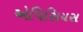
એપિસિયસ